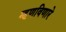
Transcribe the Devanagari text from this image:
म्हणविणारे